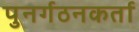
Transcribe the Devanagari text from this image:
पुनर्गठनकर्ता